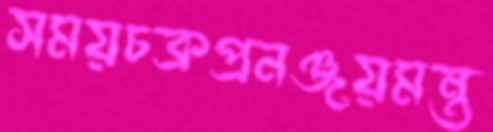
সময়চক্রপ্রনঞ্জয়মন্ত